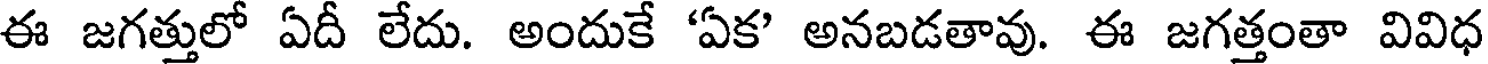
ఈ జగత్తులో ఏదీ లేదు. అందుకే 'ఏక' అనబడతావు. ఈ జగత్తంతా వివిధ